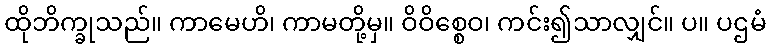
ထိုဘိက္ခုသည်။ ကာမေဟိ၊ ကာမတို့မှ။ ဝိဝိစ္စေဝ၊ ကင်း၍သာလျှင်။ ပ။ ပဌမံ